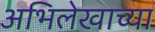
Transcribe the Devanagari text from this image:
अभिलेखाच्या